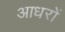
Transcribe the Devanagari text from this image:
आधरों